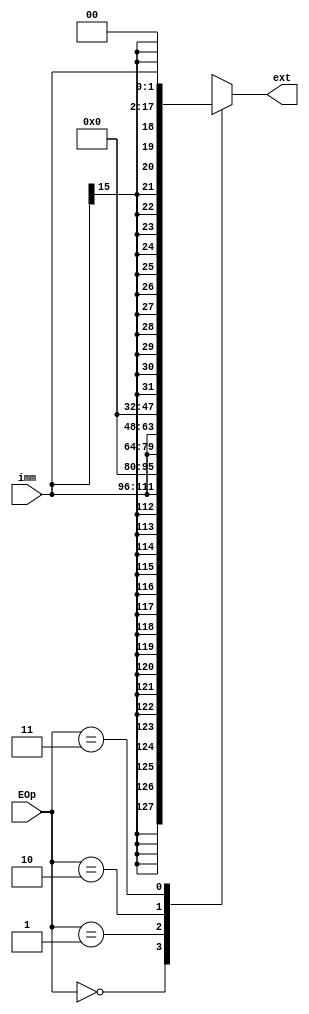
`timescale 1ns / 1ns
module ext(
input [15:0]imm,
input [1:0]EOp,
output [31:0]ext
);
    reg [31:0]out;
	 always @(*) begin
	     case(EOp)
		      0:out={{16{imm[15]}},imm};
				1:out={16'h0000,imm};
				2:out={imm,16'h0000};
				3:out={{14{imm[15]}},imm,2'b00};
		  endcase
	 end
	 assign ext=out;
endmodule

module extbyte(
input [7:0]imm,
input EOp,
output [31:0]ext
);
	 assign ext=EOp?{24'b0,imm}:{{24{imm[7]}},imm};
endmodule